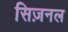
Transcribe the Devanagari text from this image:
सिज़नल